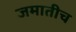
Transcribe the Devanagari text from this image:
जमातीच